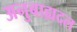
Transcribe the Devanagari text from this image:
अनुबाह्यदल